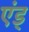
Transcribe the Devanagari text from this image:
एंड्